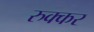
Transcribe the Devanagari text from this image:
रुक्कर